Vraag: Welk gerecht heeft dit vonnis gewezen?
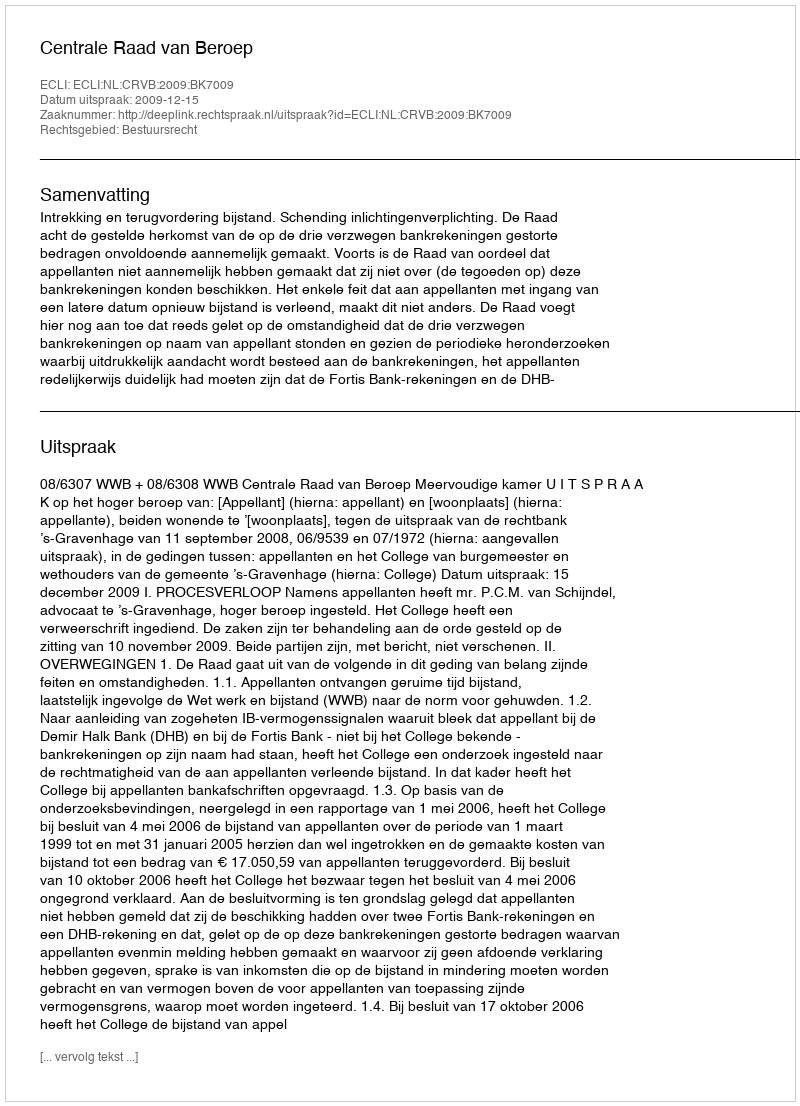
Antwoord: Centrale Raad van Beroep